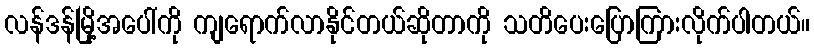
လန်ဒန်မြို့အပေါ်ကို ကျရောက်လာနိုင်တယ်ဆိုတာကို သတိပေးပြောကြားလိုက်ပါတယ်။